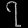
Digit: ၇